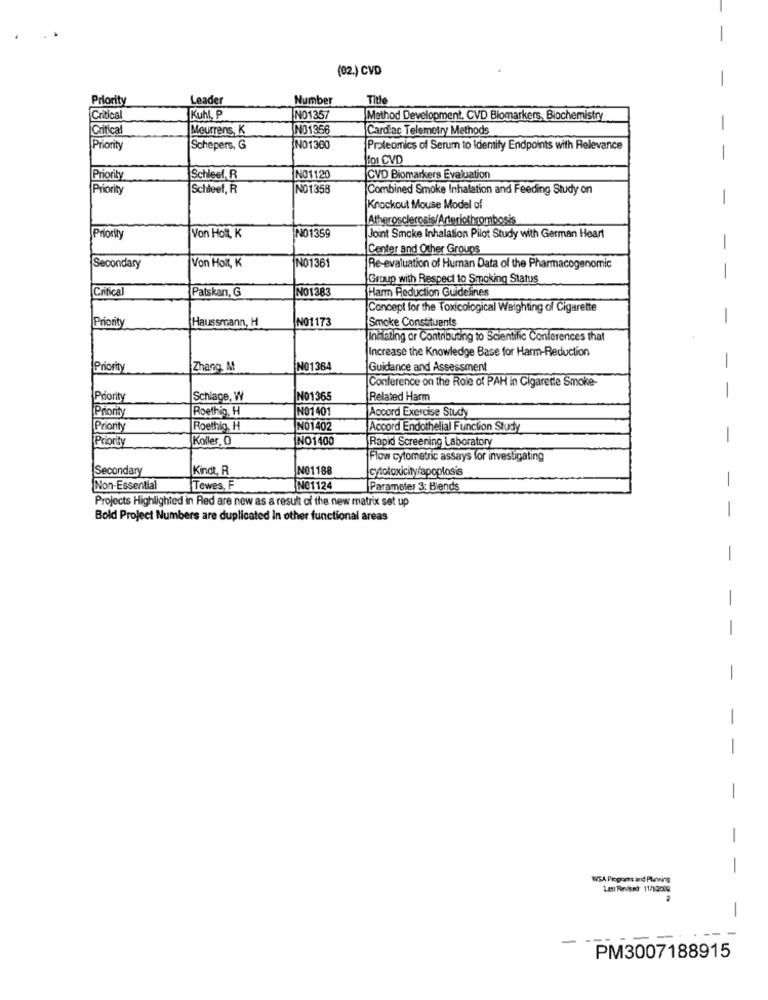
(02.) CVD
-
Priority
Leader
Number
Title
Critical
Kuhl, P
NO1357
Method Development, CVD Biomarkers, Biochemistry
Critical
Meurrens, K
NO1356
Cardiac Telemetry Methods
-
Priority
Schepers, G
NO1300
Proteomics of Serum to Identify Endpoints with Relevance
MOI CVD
-
Priority
Schleet, R
NO1120
CVD Biomarkers Evaluation
Priority
Scheef, R
NO1358
Combined Smoke Inhalation and Feeding Study on
-
Knockout Mouse Model of
Atherosclerosis/Arteriothrombosis
Priority
Von Holt, K
NO1359
Joint Smoke Inhalation Pilot Study with German Heart
Center and Other Groups
-
Secondary
Von Holt, K
IN01361
Re-evaluation of Human Data of the Pharmacogenomic
Group with Respect to Smoking Status
Critical
Patskan, G
NO1383
Harm Reduction Guidelines
Concept for the Toxicological Weighting of Cigarette
Priority
NO1173
-
Haussmann, H
Smoke Constituents
Inhating or Contributing to Scientific Conferences that
Increase the Knowledge Base for Harm-Reduction
Priority
Zhang M
NO1364
Guidance and Assessment
-
Conference on the Role of PAH in Cigarette Smoke-
-
Priority
Schlage, W
NO1365
Related Harm
Roethig, H
NO1401
Accord Exercise Study
Prions
Priority
Roethig, H
NO1402
Accord Endothelial Function Study
Priority
Koller, O
NO1400
-
Rapid Screening Laboratory
Flow cytometric assays for investigating
Secondary
Kindt, R
NO1188
cytotoxicity/apoplosis
Non-Essential
Tewes, F
NO1124
Parameter 3: Blends
=
Projects Highlighted in Red are new as a result of the new matrix set up
Bold Project Numbers are duplicated In other functional areas
-
-
-
-
-
-
-
-
WSA Progomes and Plantning
La Rnisat 11/12008
-
-
PM3007188915